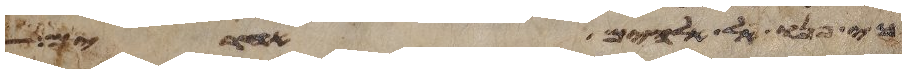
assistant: כי פנו אל אלהים אחרים